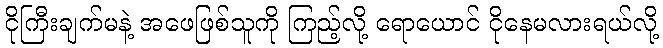
ငိုကြီးချက်မနဲ့ အဖေဖြစ်သူကို ကြည့်လို့ ရောယောင် ငိုနေမလားရယ်လို့